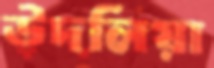
উদলিয়া